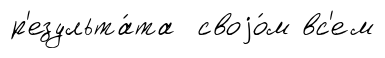
р'езульта́та своjо́м вс'ем